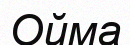
Ойма